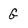
Character: G